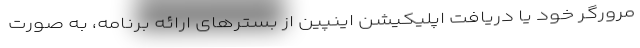
مرورگر خود یا دریافت اپلیکیشن اینپین از بسترهای ارائه برنامه، به صورت